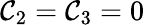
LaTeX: \mathcal{C}_{2}=\mathcal{C}_{3}=0